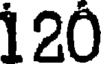
120